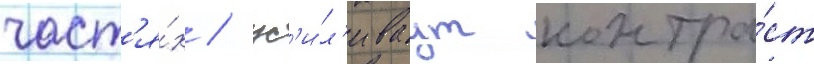
част'я́х / ус'и́л'иваут контра́ст